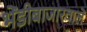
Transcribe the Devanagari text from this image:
भेंडीबाजारवालें